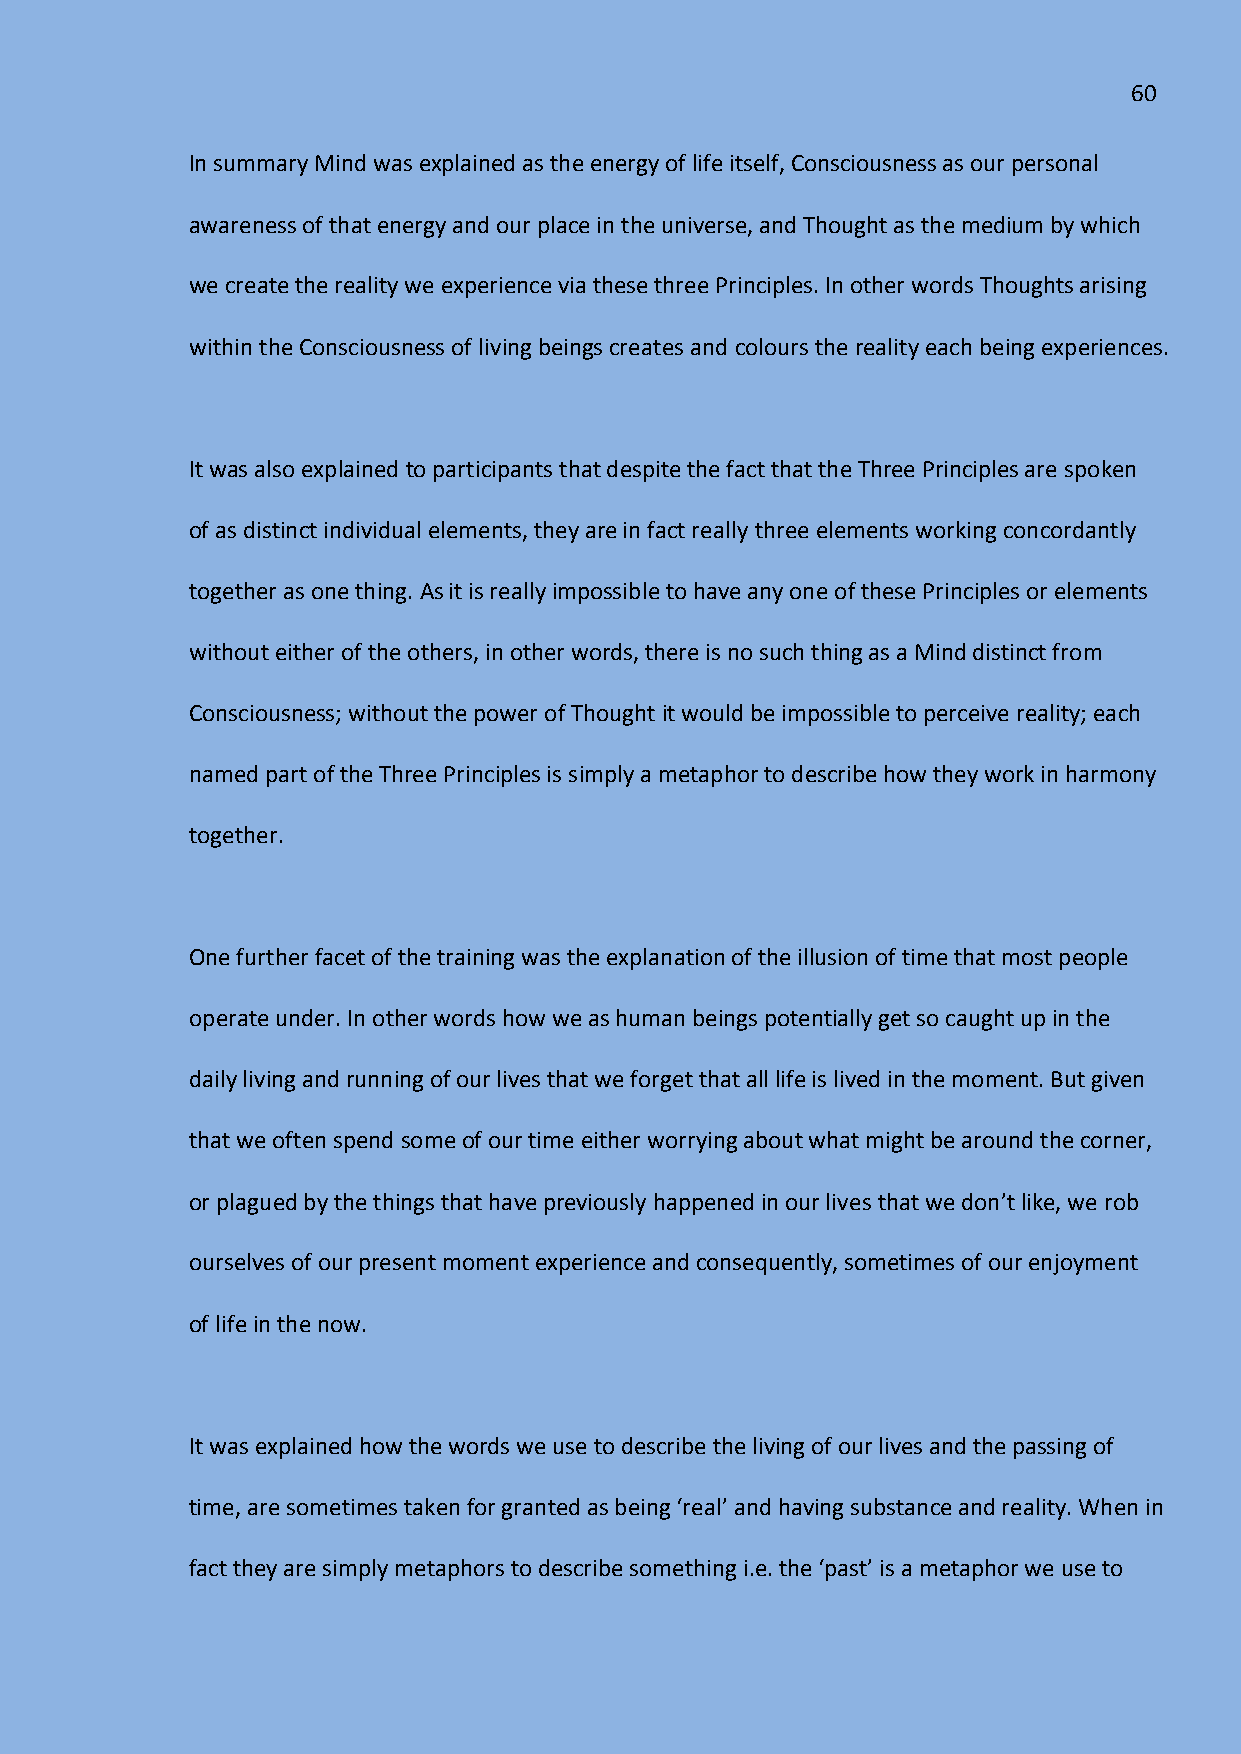
60
 In summary Mind was explained as the energy of life itself, Consciousness as our personal
 awareness of that energy and our place in the universe, and Thought as the medium by which
 we create the reality we experience via these three Principles. In other words Thoughts arising
 within the Consciousness of living beings creates and colours the reality each being experiences.
 It was also explained to participants that despite the fact that the Three Principles are spoken
 of as distinct individual elements, they are in fact really three elements working concordantly
 together as one thing. As it is really impossible to have any one of these Principles or elements
 without either of the others, in other words, there is no such thing as a Mind distinct from
 Consciousness; without the power of Thought it would be impossible to perceive reality; each
 named part of the Three Principles is simply a metaphor to describe how they work in harmony
 together.
 One further facet of the training was the explanation of the illusion of time that most people
 operate under. In other words how we as human beings potentially get so caught up in the
 daily living and running of our lives that we forget that all life is lived in the moment. But given
 that we often spend some of our time either worrying about what might be around the corner,
 or plagued by the things that have previously happened in our lives that we don’t like, we rob
 ourselves of our present moment experience and consequently, sometimes of our enjoyment
 of life in the now.
 It was explained how the words we use to describe the living of our lives and the passing of
 time, are sometimes taken for granted as being ‘real’ and having substance and reality. When in
 fact they are simply metaphors to describe something i.e. the ‘past’ is a metaphor we use to